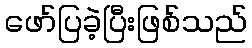
ဖော်ပြခဲ့ပြီးဖြစ်သည်